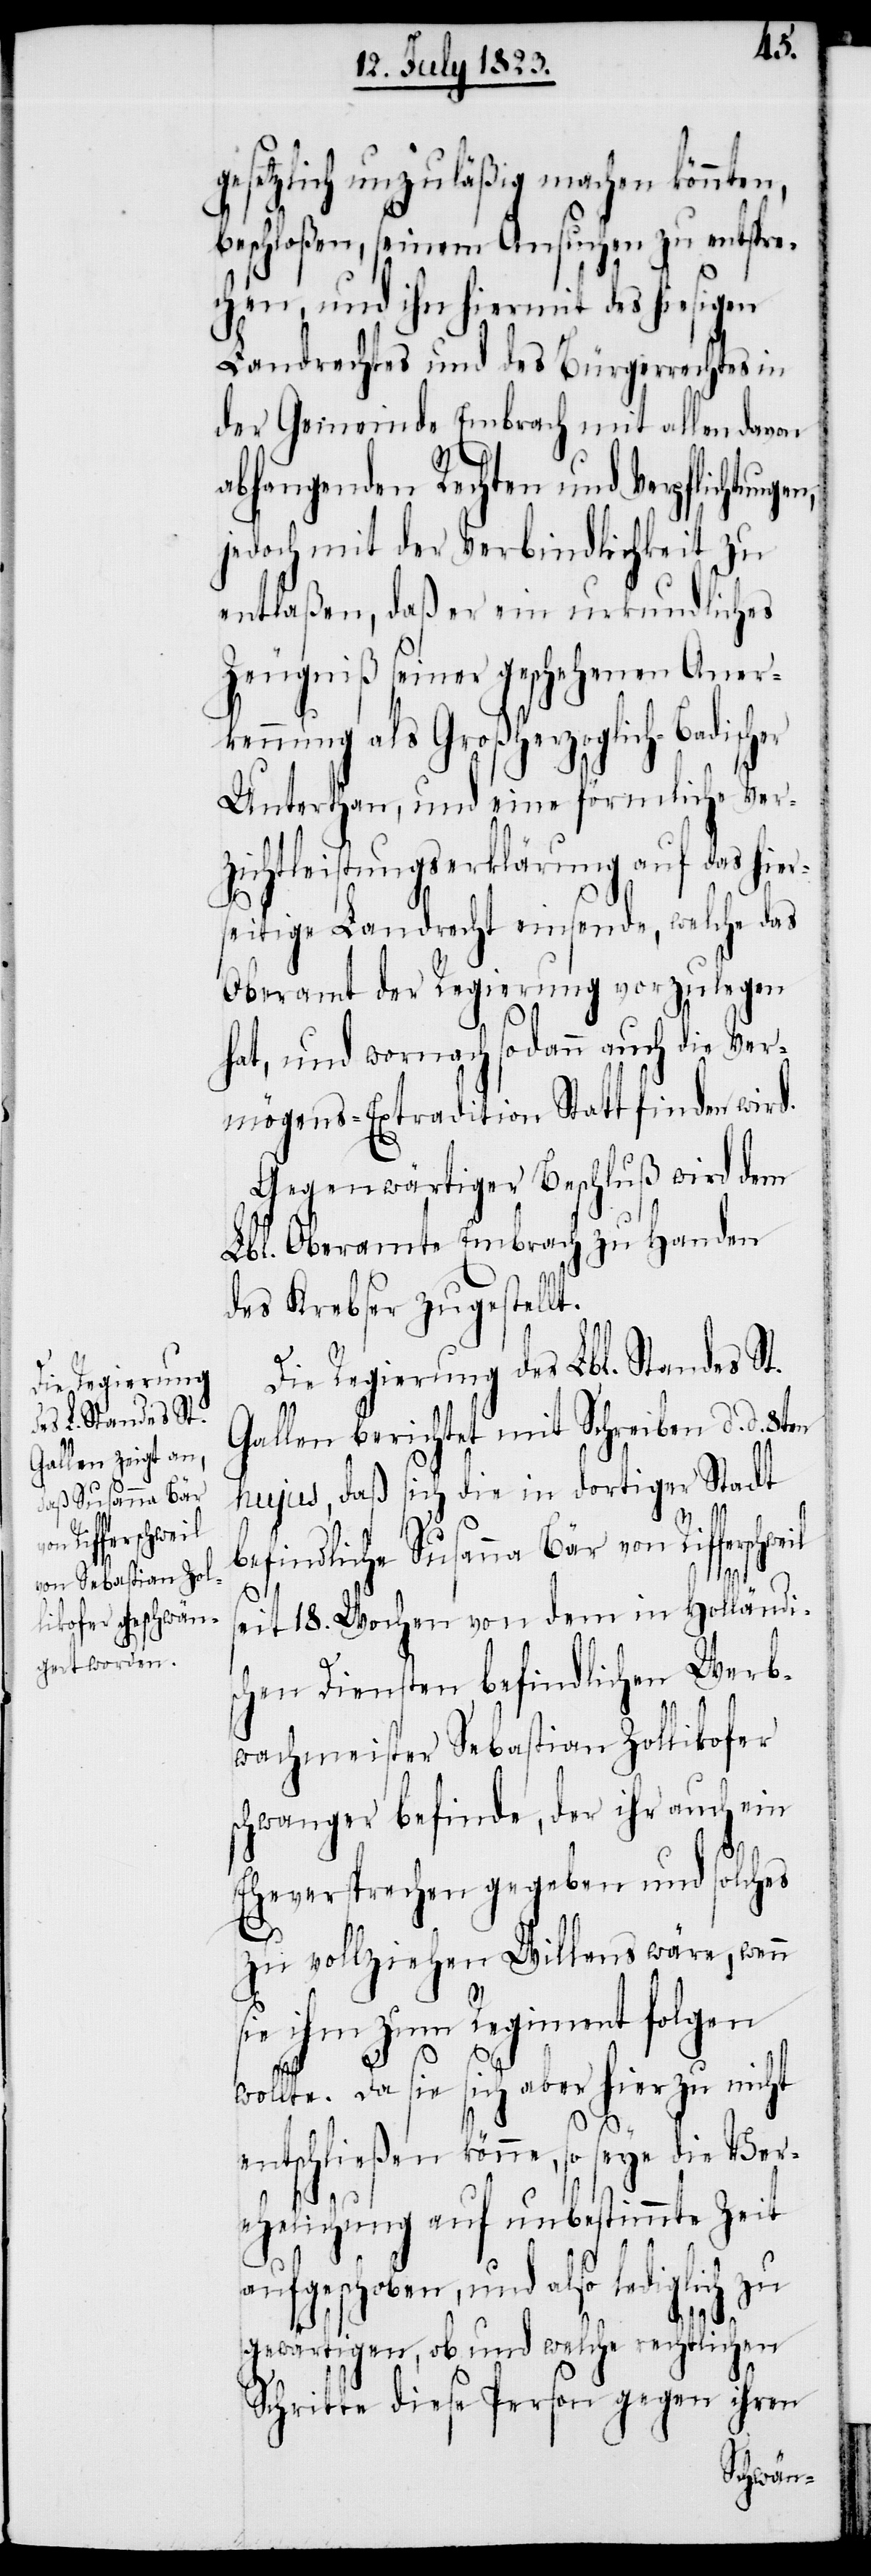
gesetzlich unzuläßig machen könnten,
beschloßen, seinem Ansuchen zu entspre¬
chen, und ihn hiermit des hiesigen
Landrechtes und des Bürgerrechtes in
der Gemeinde Embrach mit allen davon
abhangenden Rechten und Verpflichtunge¬
jedoch mit der Verbindlichkeit zu
entlaßen, daß er ein urkundliches
Zeugniß seiner geschehenen Aner¬
kennung als Großherzoglich-Badisch¬
Unterthan, und eine förmliche Ver¬
zichtleistungserklärung auf das hier¬
seitige Landrecht einsende, welche das
Oberamt der Regierung vorzulegen
hat, und wornach sodann auch die Ver¬
mögens-Extradition Statt finden wird.
Gegenwärtiger Beschluß wird dem
Lbl. Oberamte Embrach zu Handen
des Krebser zugestellt.
Die Regierung des Lbl. Standes St.
Gallen berichtet mit Schreiben d. d.
hujus, daß sich die in dortiger Stadt
er
befindliche Susanna Bär von Rifferschwe¬
il s¬
eit 18. Wochen von dem in Holländi¬
schen Diensten befindlichen Werb¬
wachmeister Sebastian Zollikofer
schwanger befinde, der ihr auch ein
Eheversprechen gegeben und solches
zu vollziehen Willens wäre, wenn
sie ihm zum Regiment folgen
wollte. Da sie sich aber hierzu nicht
entschließen könne, so seye die Ver¬
ehelichung auf unbestimmte Zeit
aufgeschoben, und also lediglich zu
gewärtigen, ob und welche rechtlichen
Schritte diese Person gegen ihren